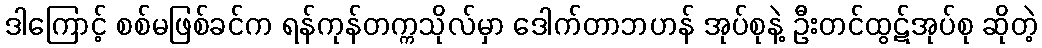
ဒါကြောင့် စစ်မဖြစ်ခင်က ရန်ကုန်တက္ကသိုလ်မှာ ဒေါက်တာဘဟန် အုပ်စုနဲ့ ဦးတင်ထွဋ်အုပ်စု ဆိုတဲ့